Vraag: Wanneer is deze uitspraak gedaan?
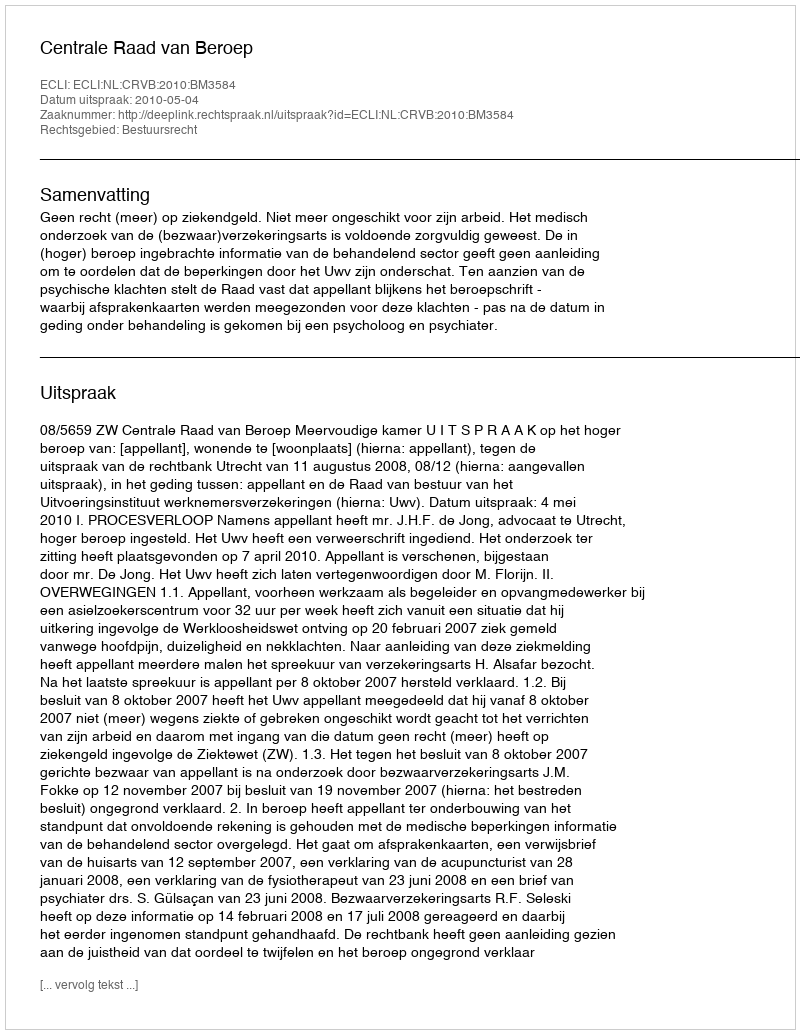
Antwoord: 2010-05-04